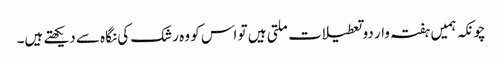
چونکہ ہمیں ہفتہ وار دو تعطیلات ملتی ہیں تو اس کو وہ رشک کی نگاہ سے دیکھتے ہیں۔